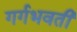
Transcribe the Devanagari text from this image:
गर्गभवती